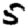
Digit: 5